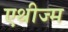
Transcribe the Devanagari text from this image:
एथीज्म